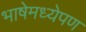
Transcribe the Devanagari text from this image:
भाषेमध्येपण